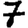
Digit: 7